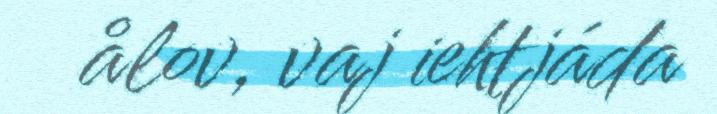
ålov, vaj iehtjáda